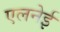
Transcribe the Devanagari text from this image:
एलनेई